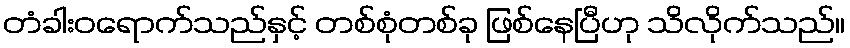
တံခါးဝရောက်သည်နှင့် တစ်စုံတစ်ခု ဖြစ်နေပြီဟု သိလိုက်သည်။